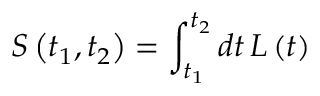
S \left( t _ { 1 } , t _ { 2 } \right) = \int _ { t _ { 1 } } ^ { t _ { 2 } } d t \, L \left( t \right)